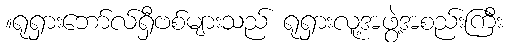
။ရုရှားဘော်လ်ရှီဗစ်များသည် ရုရှားလူ့အဖွဲ့အစည်းကြီး